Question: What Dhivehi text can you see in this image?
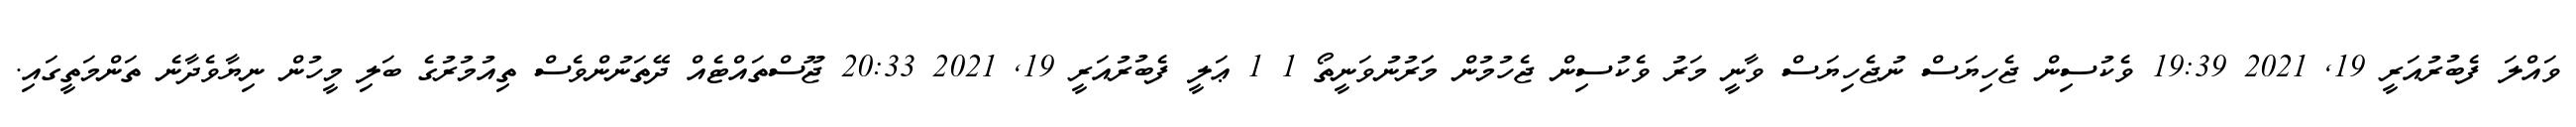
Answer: ވައްލަ ފެބުރުއަރީ 19, 2021 19:39 ވެކުސިން ޖެހިޔަސް ނުޖެހިޔަސް ވާނީ މަރު ވެކުސިން ޖެހުމުން މަަރުނުވަނީތޯ 1 1 ޢަލީ ފެބުރުއަރީ 19, 2021 20:33 ޖޫސްތައްޓެއް ދޭތަނުންވެސް ތިއުމުރުގެ ބަލި މީހުން ނިޔާވެދާނެ ތަންމަތީގައި.